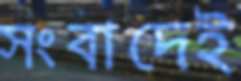
সংবাদেই